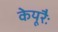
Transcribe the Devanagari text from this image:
केयूरैः